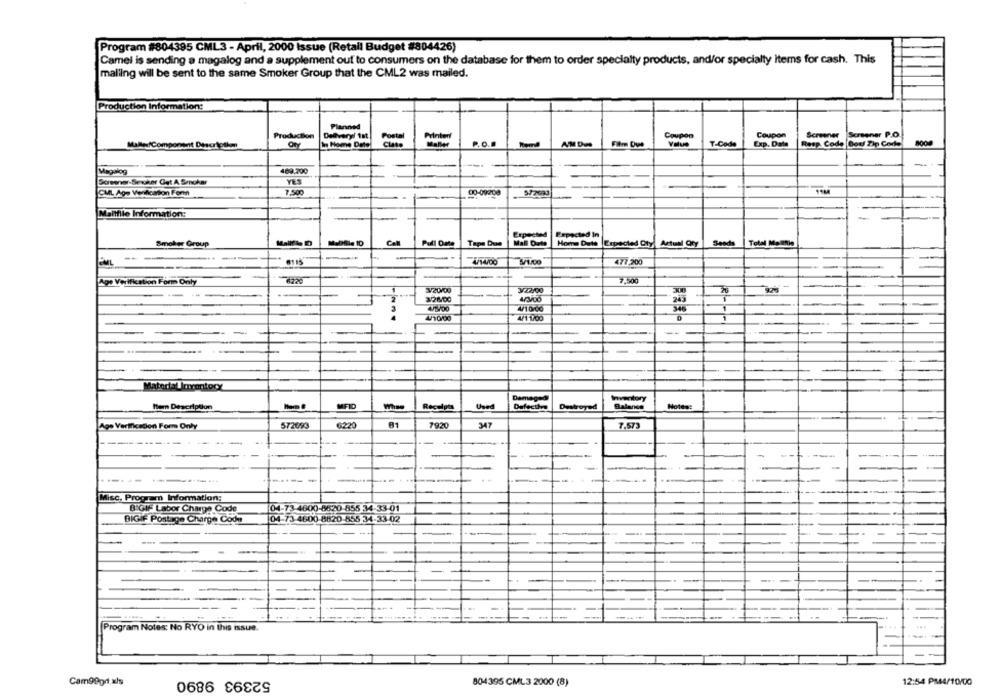
Program #804395 CML3 - April, 2000 Issue (Retail Budget #804426)
Camel is sending a magalog and a supplement out to consumers on the database for them to order specialty products, and/or specialty Items for cash. This
malling will be sent to the same Smoker Group that the CML2 was mailed.
Production Information:
Planned
Production
Delivery/ 1st.
Postal
Coupon
Coupon
Screener
Screener P.O.
Makes/Component Descrtothe
Clase
Printen
P.O.
Film Due
Value
T-Code
Exp. Date
Resp Code Bouf Zip Code
8000
-
Megalog
469.300
Screener-Seuker Get A. Smnohar
YES
-
7.500
00-0920
Mantfile Information:
Expected
Expected In
Smoker Group
Pull Date
Tape Due
Mall Date
Home Dute Expected Oty Actual Qty
Seods
Total Malnie
#115
477,200
+
7.500
Aps Verifikation Form Only
V20100
3/22/00
20
$/28/00
-
4/3/00
4/10/00
20
4/10/00
4/1-1700
--
- ---
-
-
Material Inventory
Damaged
Inventory
Hem Description
MFID
Receipts
Used
Defective
Destroyed
Balance
6220
81
7920
347
7.573
Age Verification Form Only
572093
- -
sc. Program Information:
BIGIF Labor Charge Code
04-73-4600-8620-855 34-33-01
BIGIF Postage Charge Coda
04-73-4600-8820-855 34-33-02
Program Notes: No RYO in this issue.
52393 9890
Cam99gr.xls
804395 CML3 2000 (8)
12:54 PM44/10/00